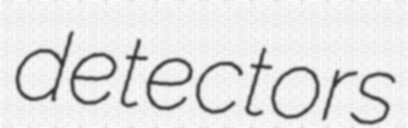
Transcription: detectors